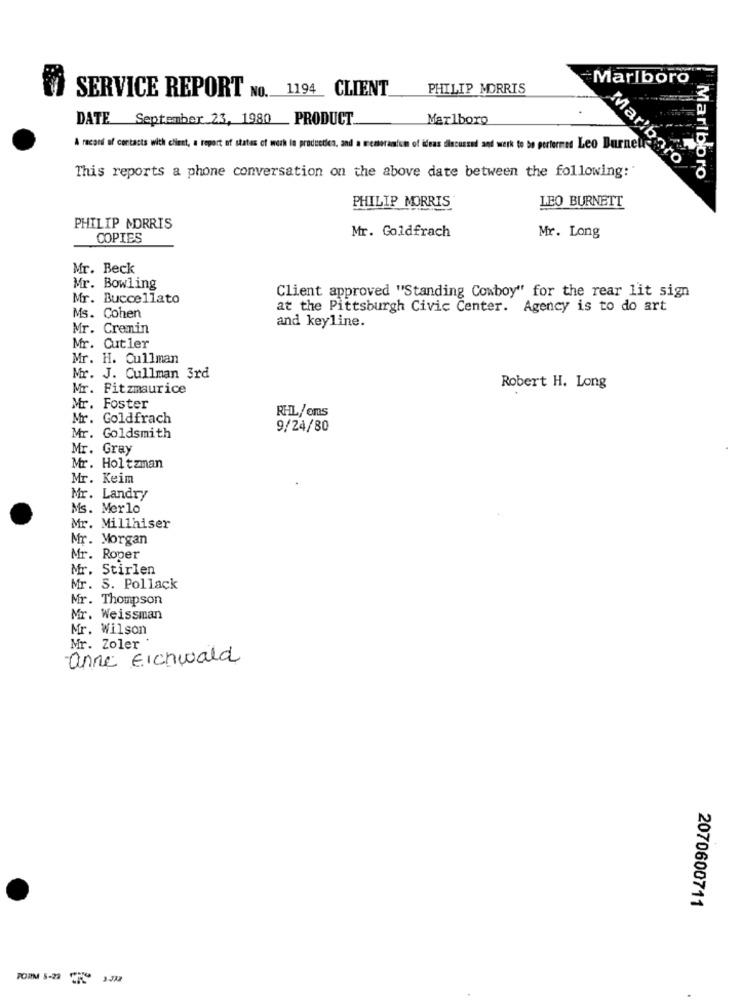
Marlboro
PHILIP MORRIS
SERVICE REPORT NO. 1194_ CLIENT
DATE September 23, 1980 _ PRODUCT.
Marlboro
A record of contacts with client, a report of states of work in production, and a memorandum of ideas discussnd and werk to be performed Leo Burnett
Marlboro
This reports a phone conversation on the above date between the following:'
Marlboro
PHILIP MORRIS
LEO BURNETT
PHILIP MORRIS
Mr. Goldfrach
Mr. Long
COPIES
Mr. Beck
Mr. Bowling
Mr. Buccellato
Client approved "Standing Cowboy" for the rear lit sign
at the Pittsburgh Civic Center. Agency is to do art
Ms. Cohen
Mr. Crenin
and keyline.
Mr. Cutler
Mr. H. Cullman
Mr. J. Cullman 3rd
Mr. Fitzmaurice
Robert H. Long
Mr. Foster
RHL/ems
Mr. Goldfrach
Mr. Goldsmith
9/24/80
Mr. Gray
Mr. Holtzman
Mr. Keim
Mr. Landry
Ms. Merlo
Mr. Millhiser
Mr. Morgan
Mr. Roper
Mr. Stirlen
Mr. S. Pollack
Mr. Thompson
Mr. Weissman
Mr. Wilson
Mr. Zoler .
anne Eichwald
2070600711
FORM 5-22
3.332